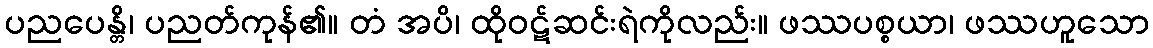
ပညပေန္တိ၊ ပညတ်ကုန်၏။ တံ အပိ၊ ထိုဝဋ်ဆင်းရဲကိုလည်း။ ဖဿပစ္စယာ၊ ဖဿဟူသော